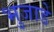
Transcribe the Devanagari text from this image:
भुजाडे